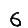
Digit: 6